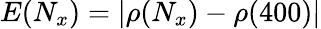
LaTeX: E({N_{x}})=\left|{\rho({N_{x}})-\rho(400)}\right|